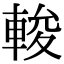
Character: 𨌘